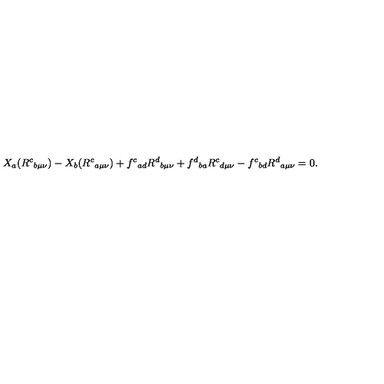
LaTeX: X _ { a } ( R ^ { c } { } _ { b \mu \nu } ) - X _ { b } ( R ^ { c } { } _ { a \mu \nu } ) + f ^ { c } { } _ { a d } R ^ { d } { } _ { b \mu \nu } + f ^ { d } { } _ { b a } R ^ { c } { } _ { d \mu \nu } - f ^ { c } { } _ { b d } R ^ { d } { } _ { a \mu \nu } = 0 .